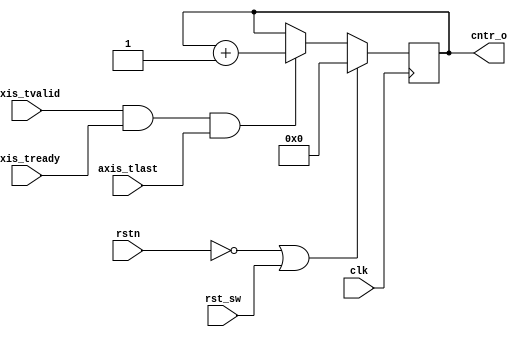
// The MIT License
//
// Copyright (c) 2017-2019 by the author(s)
//
// Permission is hereby granted, free of charge, to any person obtaining a copy
// of this software and associated documentation files (the "Software"), to deal
// in the Software without restriction, including without limitation the rights
// to use, copy, modify, merge, publish, distribute, sublicense, and/or sell
// copies of the Software, and to permit persons to whom the Software is
// furnished to do so, subject to the following conditions:
//
// The above copyright notice and this permission notice shall be included in
// all copies or substantial portions of the Software.
//
// THE SOFTWARE IS PROVIDED "AS IS", WITHOUT WARRANTY OF ANY KIND, EXPRESS OR
// IMPLIED, INCLUDING BUT NOT LIMITED TO THE WARRANTIES OF MERCHANTABILITY,
// FITNESS FOR A PARTICULAR PURPOSE AND NONINFRINGEMENT. IN NO EVENT SHALL THE
// AUTHORS OR COPYRIGHT HOLDERS BE LIABLE FOR ANY CLAIM, DAMAGES OR OTHER
// LIABILITY, WHETHER IN AN ACTION OF CONTRACT, TORT OR OTHERWISE, ARISING FROM,
// OUT OF OR IN CONNECTION WITH THE SOFTWARE OR THE USE OR OTHER DEALINGS IN
// THE SOFTWARE.
//
// Author(s):
//   - Andreas Oeldemann <andreas.oeldemann@tum.de>
//
// Description:
//
// Module counts the number of packets transferred via an AXI4-Stream and
// outputs the counter value via the 'cntr_o' signal.

`timescale 1 ns / 1ps

module nt_packet_counter (
  // clock and resets
  input wire clk,
  input wire rstn,
  input wire rst_sw,

  // AXI4-Stream signals
  input wire axis_tvalid,
  input wire axis_tready,
  input wire axis_tlast,

  output reg [31:0]    cntr_o
);

  always @(posedge clk) begin
    if (~rstn | rst_sw) begin
      cntr_o <= 32'b0;
    end else begin
      if (axis_tvalid & axis_tready & axis_tlast) begin
        // packet transfer completed, increment counter
        cntr_o <= cntr_o + 1;
      end else begin
        cntr_o <= cntr_o;
      end
    end
  end

endmodule